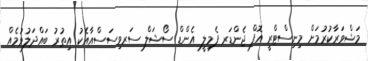
މަޝްވަރާކުރުމަށް މިނިސްޓްރީ އޮފް ޖެންޑަރ ފެމިލީ އެންޑް ސޯޝަލް ސަރވިސަސްއާއެކު އިތުރު ބައްދަލުވުމެއް